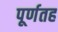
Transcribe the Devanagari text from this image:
पूर्णतह